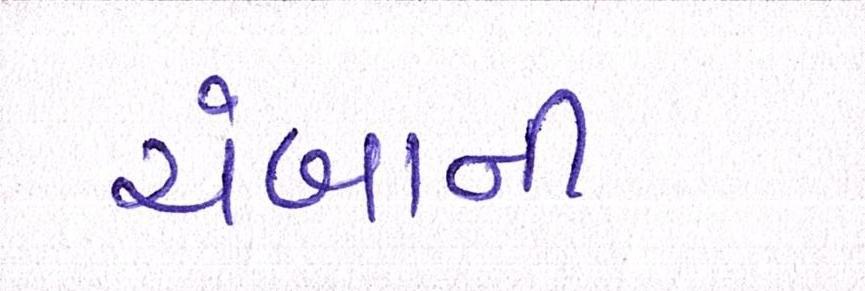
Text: ચંબાની